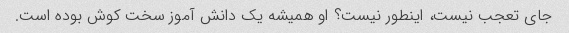
جای تعجب نیست، اینطور نیست؟ او همیشه یک دانش آموز سخت کوش بوده است.